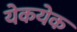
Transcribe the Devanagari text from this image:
येकयेक